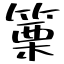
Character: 篥